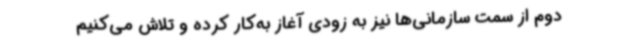
دوم از سمت سازمانی‌ها نیز به زودی آغاز به‌کار کرده و تلاش می‌کنیم